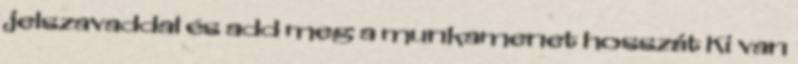
jelszavaddal és add meg a munkamenet hosszát Ki van